Problem: 2 × 9 = ?
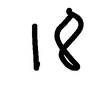
Handwritten answer: 18